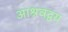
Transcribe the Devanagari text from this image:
आश्रवद्वय